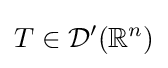
T\in {\mathcal {D}}^{\prime }(\mathbb {R} ^{n})